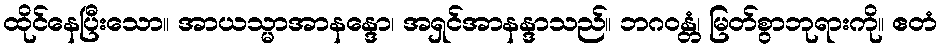
ထိုင်နေပြီးသော။ အာယသ္မာအာနန္ဒော၊ အရှင်အာနန္ဒာသည်။ ဘဂဝန္တံ၊ မြတ်စွာဘုရားကို။ ဧတံ